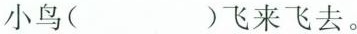
1.小鸟（ ）飞来飞去。